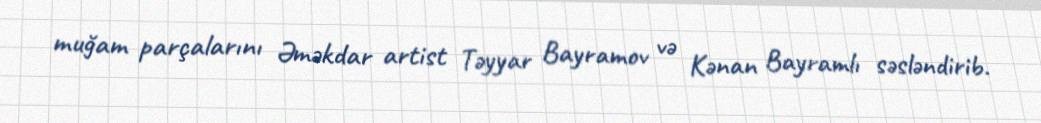
muğam parçalarını Əməkdar artist Təyyar Bayramov və Kənan Bayramlı səsləndirib.